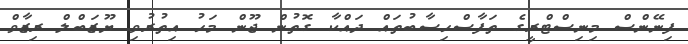
ފިނޭންސް މިނިސްޓްރީގެ ތަފާސްހިސާބުތައް ދައްކާ ގޮތުން ޖޫން މަހު އިތުރުވި ޔޫޒަބްލް ރިޒާވް